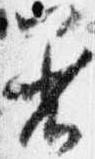
着